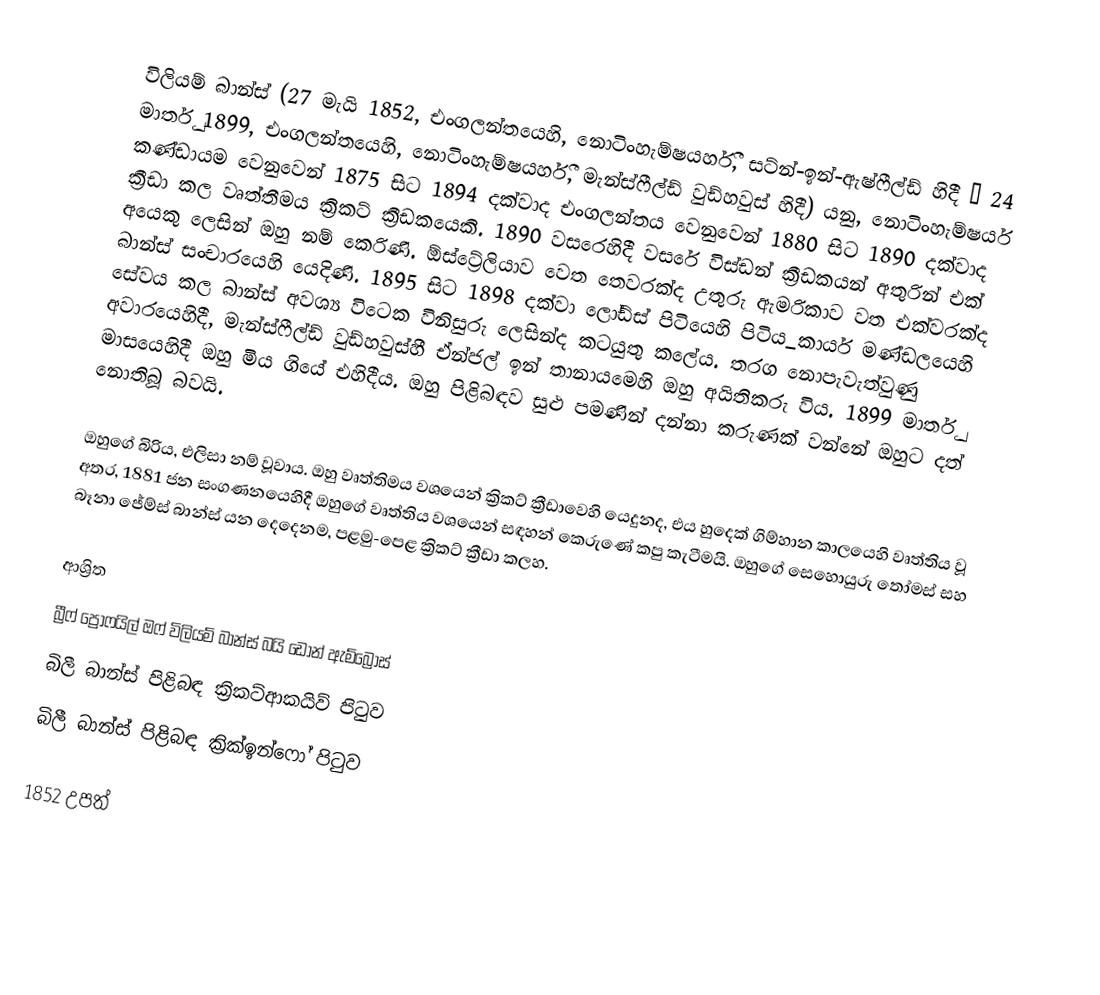
විලියම් බාන්ස් (27 මැයි 1852, එංගලන්තයෙහි,  නොටිංහැම්ෂයර්හී,  සට්න්-ඉන්-ඇෂ්ෆීල්ඩ් හිදී  – 24 මාර්තු 1899,  එංගලන්තයෙහි,  නොටිංහැම්ෂයර්හී,  මැන්ස්ෆීල්ඩ් වුඩ්හවුස් හිදී) යනු, නොටිංහැම්ෂයර් කණ්ඩායම වෙනුවෙන් 1875 සිට 1894 දක්වාද එංගලන්තය වෙනුවෙන් 1880 සිට 1890 දක්වාද  ක්‍රීඩා කල වෘත්තීමය ක්‍රිකට් ක්‍රීඩකයෙකි. 1890 වසරෙහිදී වසරේ විස්ඩන් ක්‍රීඩකයන් අතුරින් එක් අයෙකු ලෙසින් ඔහු නම් කෙරිණි. ඕස්ට්‍රේලියාව වෙත තෙවරක්ද උතුරු ඇමරිකාව වත එක්වරක්ද බාන්ස් සංචාරයෙහි යෙදිණි. 1895 සිට  1898  දක්වා ලෝඩ්ස් පිටියෙහි පිටිය_කාර්ය මණ්ඩලයෙහි සේවය කල බාන්ස් අවශ්‍ය විටෙක විනිසුරු ලෙසින්ද කටයුතු කලේය. තරග නොපැවැත්වුණු අවාරයෙහිදී,  මැන්ස්ෆීල්ඩ් වුඩ්හවුස්හී ඒන්ජල් ඉන් තානායමෙහි ඔහු අයිතිකරු විය. 1899 මාර්තු මාසයෙහිදී ඔහු මිය ගියේ එහිදීය. ඔහු පිළිබඳව සුළු පමණින් දන්නා කරුණක් වන්නේ ඔහුට දත් නොතිබූ බවයි.

ඔහුගේ බිරිය, එලිසා නම් වූවාය. ඔහු වෘත්තිමය වශයෙන් ක්‍රිකට් ක්‍රීඩාවෙහි යෙදුනද, එය හුදෙක් ගිම්හාන කාලයෙහි වෘත්තිය වූ අතර, 1881 ජන සංගණනයෙහිදී ඔහුගේ වෘත්තිය වශයෙන් සඳහන් කෙරුණේ කපු කැටීමයි.  ඔහුගේ සෙහොයුරු තෝමස් සහ බෑනා ජේම්ස් බාන්ස් යන දෙදෙනම, පළමු-පෙළ ක්‍රිකට් ක්‍රීඩා කලහ.

ආශ්‍රිත
බ්‍රීෆ් ප්‍රොෆයිල් ඔෆ් විලියම් බාන්ස් බයි ඩොන් ඇම්බ්‍රෝස්
බිලී බාන්ස් පිළිබඳ ක්‍රිකට්ආකයිව් පිටුව
බිලී බාන්ස් පිළිබඳ ක්‍රික්ඉන්ෆෝ පිටුව

1852 උපත්